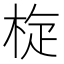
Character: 𣒀